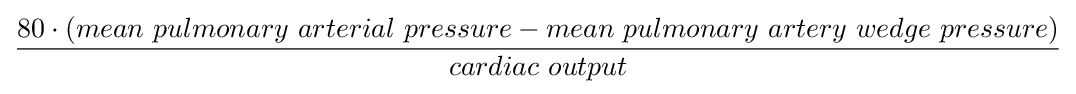
{\frac {80\cdot (mean\ pulmonary\ arterial\ pressure-mean\ pulmonary\ artery\ wedge\ pressure)}{cardiac\ output}}